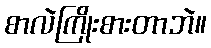
စာလဲကြိုးစားတာဘဲ။